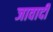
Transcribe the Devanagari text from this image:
जावादी